Senior Leaving Certificate Examination (including Day School Certificate (Higher) General paper), 1949
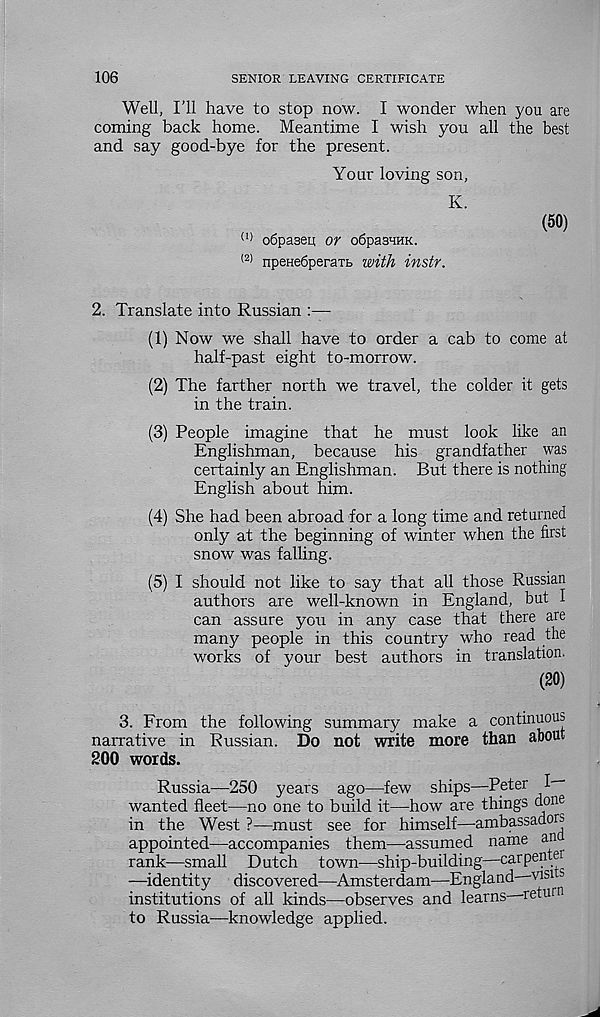
106
SENIOR LEAVING CERTIFICATE
Well, I’ll have to stop now. I wonder when you are
coming back home. Meantime I wish you all the best
and say good-bye for the present.
Your loving son,
K.
(50)
(1) obpaseu or ofipasHHK.
(2) npeHe6peraTt with instr.
2. Translate into Russian :—•
(1) Now we shall have to order a cab to come at
half-past eight to-morrow.
(2) The farther north we travel, the colder it gets
in the train.
(3) People imagine that he must look like an
Englishman, because his grandfather was
certainly an Englishman. But there is nothing
English about him.
(4) She had been abroad for a long time and returned
only at the beginning of winter when the first
snow was falling.
(5) I should not like to say that all those Russian
authors are well-known in England, but I
can assure you in any case that there are
many people in this country who read the
works of your best authors in translation.
(20)
3. From the following summary make a continuous
narrative in Russian. Do not write more than about
200 words.
Russia—250 years ago—few ships—-Peter
wanted fleet—no one to build it—how are things done
in the West ?—must see for himself—ambassadors
appointed—accompanies them—assumed name an
rank—small Dutch town—ship-building—carpentei
—^identity discovered—^Amsterdam—England v ’ sl 5
institutions of all kinds—observes and learns -return
to Russia—knowledge applied.